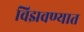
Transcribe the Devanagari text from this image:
विझवण्यात